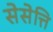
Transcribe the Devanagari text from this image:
सेसेत्ति